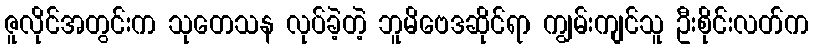
ဇူလိုင်အတွင်းက သုတေသန လုပ်ခဲ့တဲ့ ဘူမိဗေဒဆိုင်ရာ ကျွမ်းကျင်သူ ဦးစိုင်းလတ်က